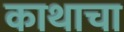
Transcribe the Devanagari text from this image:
काथाचा